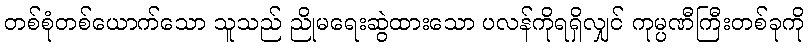
တစ်စုံတစ်ယောက်သော သူသည် ညိုမရေးဆွဲထားသော ပလန်ကိုရရှိလျှင် ကုမ္ပဏီကြီးတစ်ခုကို